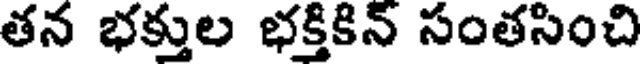
తన భక్తుల భక్తికిన్ సంతసించి